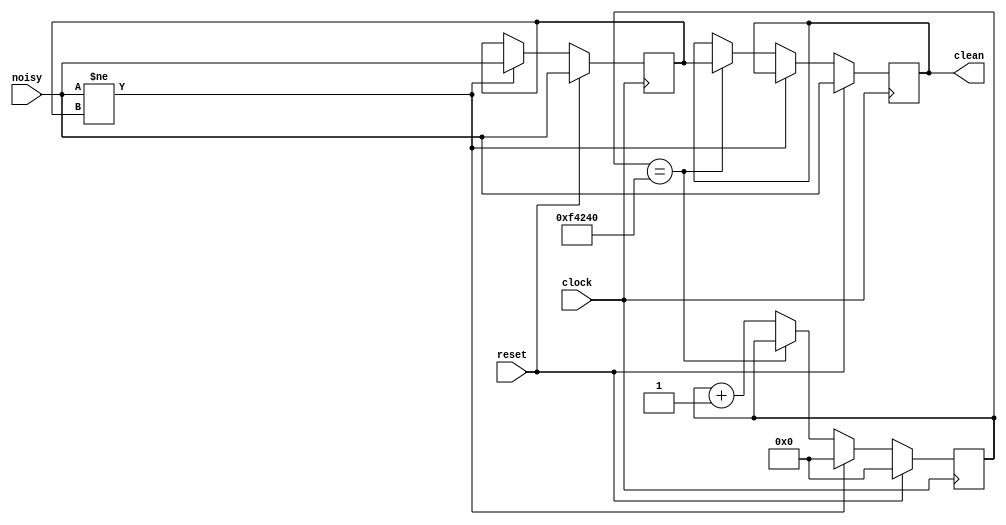
// Switch Debounce Module
// use your system clock for the clock input
// to produce a synchronous, debounced output

module debounce #(parameter DELAY=1000000)   // .01 sec with a 27Mhz clock
	        (input reset, clock, noisy,
	         output reg clean);

    reg [19:0] count;
    reg new;

    always @(posedge clock)
        if (reset) begin
            count <= 0;
            new <= noisy;
            clean <= noisy;
        end
        else if (noisy != new) begin
            new <= noisy;
            count <= 0;
        end
        else if (count == DELAY)
            clean <= new;
        else
            count <= count+1;
      
endmodule